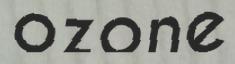
ozone